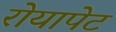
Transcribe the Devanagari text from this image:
रोयापेट